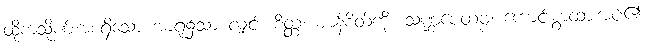
ထိုကသိုဏ်းအစရှိသော အာရုံ၌သာ လျှင်။ စိတ္တံ၊ ဈာန်စိတ်ကို။ သဏ္ဌပေတဗ္ဗံ၊ ကောင်းစွာထားအပ်၏။